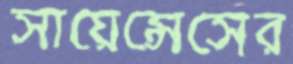
সায়েন্সেসের